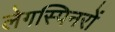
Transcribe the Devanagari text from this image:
लेगस्पिनरों